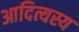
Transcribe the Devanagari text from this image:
आदित्यस्य